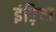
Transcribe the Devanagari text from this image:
इंड़िया